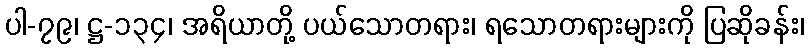
ပါ-၇၉၊ ဋ္ဌ-၁၃၄၊ အရိယာတို့ ပယ်သောတရား၊ ရသောတရားများကို ပြဆိုခန်း၊